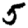
Digit: 5